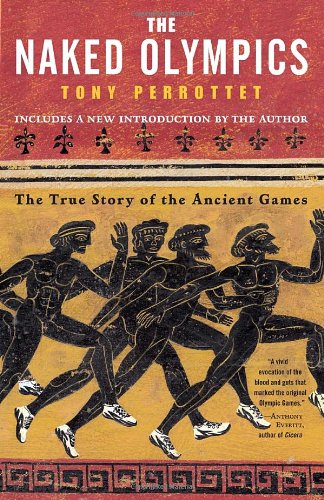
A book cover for The Naked Olympics: The True Story of the Ancient Games; Tony Perrottet; Sports & Outdoors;